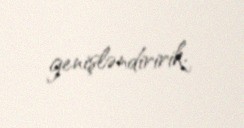
genişləndiririk.